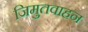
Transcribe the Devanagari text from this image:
जिमुतवाहन